Regulations for the medical services of the Army of India
Year: 1930
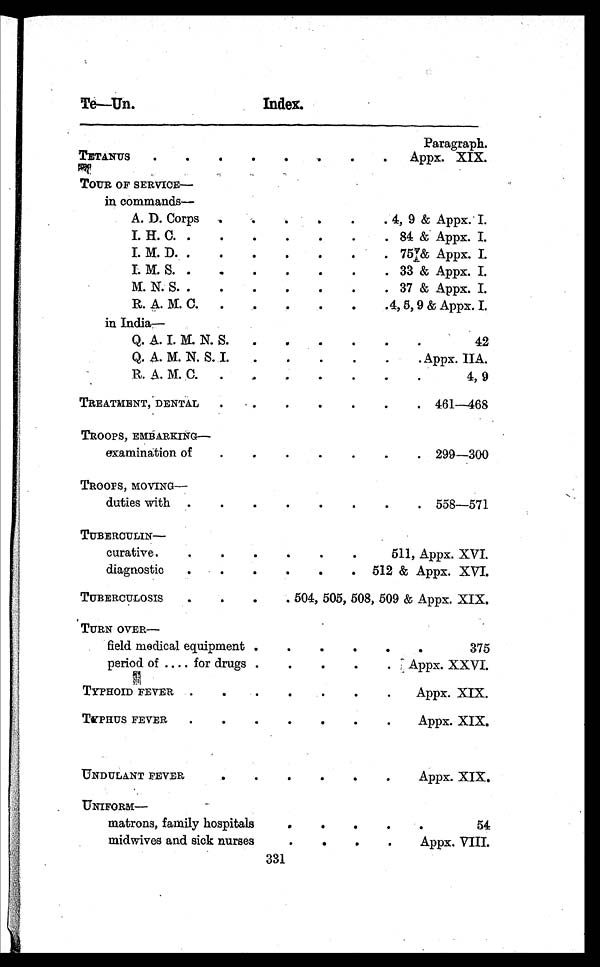
Te—Un.
Index.
Paragraph.
TETANUS . . .
Appx. XIX.
TOUR OF SERVICE—
in commands—
A. D. Corps . . .
4, 9 & Appx. I.
I. H. C.
. . .
84 & Appx. I.
I. M. D.
. . .
75 & Appx. I.
I. M. S. . . .
33 & Appx. I.
M. N. S. . . .
37 & Appx. I.
R. A. M. C. . . .
4, 5, 9 & Appx. I.
in India—
Q. A. I. M. N. S. . . .
42
Q. A. M. N. S. I. . . .
Appx. IIA.
R. A. M. C. . . .
4, 9
TREATMENT, DENTAL
. . .
461—468
TROOPS, EMBARKING
—
examination of . . .
299—300
TROOPS, MOVING—
duties with . . .
558—571
TUBERCULIN—
curative . . .
511, Appx. XVI.
diagnostic . . .
512 & Appx. XVI.
TUBERCULOSIS— . . . 504, 505, 508, 509 & Appx. XIX.
TURN OVER—
field medical equipment . . .
375
period of . . . for drugs . . .
Appx. XXVI.
TYPHOID FEVER . . .
Appx. XIX.
TYPHUS FEVER
. . .
Appx. XIX.
UNDULANT FEVER . . .
Appx. XIX.
U N I F O R M —
matrons, family hospitals . . .
54
midwives and sick nurses . . .
Appx. VIII.
331